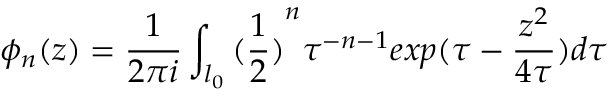
\phi _ { n } ( z ) = \frac { 1 } { 2 \pi i } \int _ { l _ { 0 } } { ( \frac { 1 } { 2 } ) } ^ { n } \tau ^ { - n - 1 } e x p ( \tau - \frac { z ^ { 2 } } { 4 \tau } ) d \tau